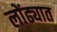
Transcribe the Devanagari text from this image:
लोंढ्यात